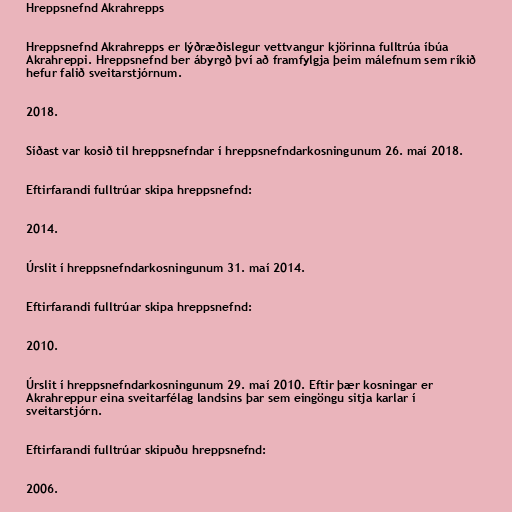
Hreppsnefnd Akrahrepps

Hreppsnefnd Akrahrepps er lýðræðislegur vettvangur kjörinna fulltrúa íbúa
Akrahreppi. Hreppsnefnd ber ábyrgð því að framfylgja þeim málefnum sem ríkið
hefur falið sveitarstjórnum.

2018.

Síðast var kosið til hreppsnefndar í hreppsnefndarkosningunum 26. maí 2018.

Eftirfarandi fulltrúar skipa hreppsnefnd:

2014.

Úrslit í hreppsnefndarkosningunum 31. maí 2014.

Eftirfarandi fulltrúar skipa hreppsnefnd:

2010.

Úrslit í hreppsnefndarkosningunum 29. maí 2010. Eftir þær kosningar er
Akrahreppur eina sveitarfélag landsins þar sem eingöngu sitja karlar í
sveitarstjórn.

Eftirfarandi fulltrúar skipuðu hreppsnefnd:

2006.